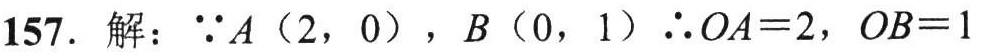
157. 解：\(\because A(2,0)\)，\(B(0,1)\)\(\therefore OA = 2\)，\(OB = 1\)